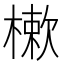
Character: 樕